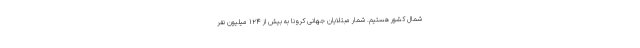
شمال کشور هستیم. شمار مبتلایان جهانی کرونا به بیش از ۱۲۴ میلیون نفر